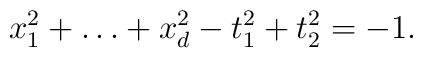
x_1^2 + \ldots + x_d^2 - t_1^2 + t_2^2 = - 1.